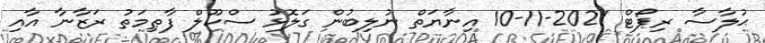
ޙުލާސާ ރިޕޯޓް 2021-11-10 އިނާޔަތް ނުލިބުން ގަލޮޅު ސްކޫލް ފާޠިމަތު ރަޒާނާ އާއި